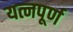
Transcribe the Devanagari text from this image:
यत्नपूर्ण